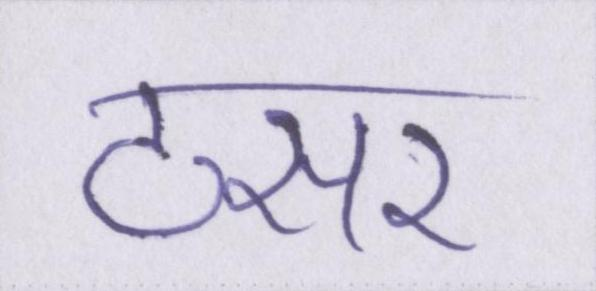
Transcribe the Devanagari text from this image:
टसर